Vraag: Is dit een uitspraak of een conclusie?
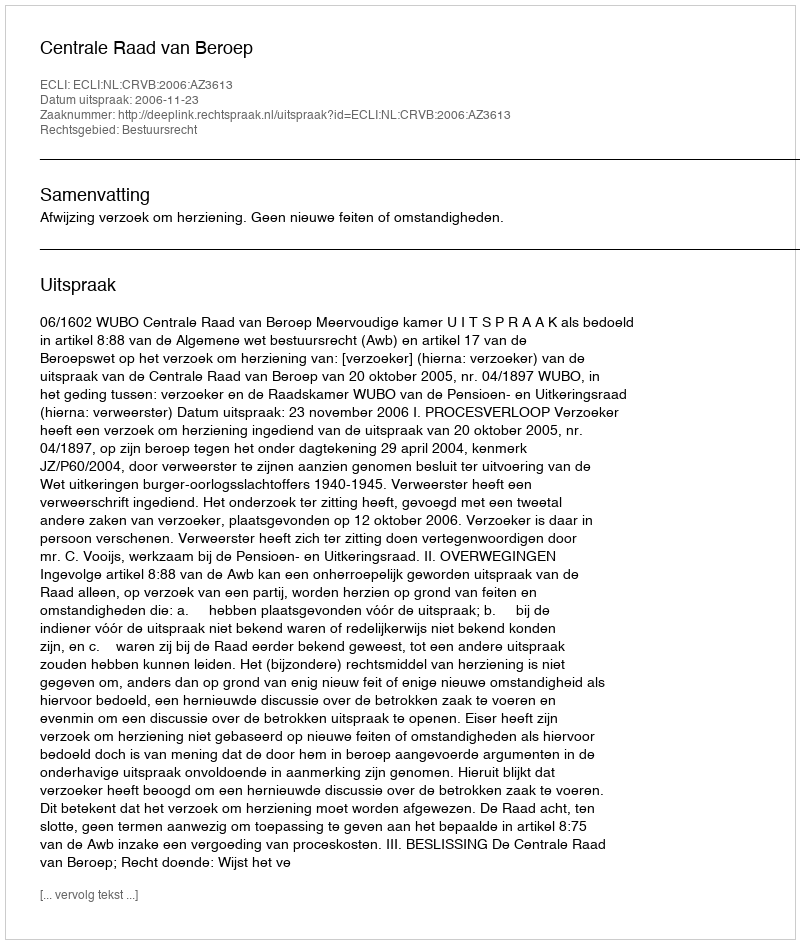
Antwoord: Uitspraak